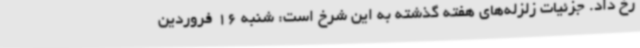
رخ داد. جزئیات زلزله‌های هفته گذشته به این شرخ است: شنبه 16 فروردین